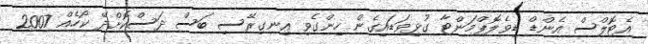
އެޓޮލްސް އެންޑް ޑިވެލޮޕްމަންޓާ ގުޅިވަޑައިގެން ހިންގެވި އިނގިރޭސި ބަސް ދަސްކޮށްދޭ ކޯހެއް 2007